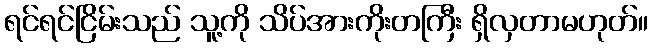
ရင်ရင်ငြိမ်းသည် သူ့ကို သိပ်အားကိုးတကြီး ရှိလှတာမဟုတ်။